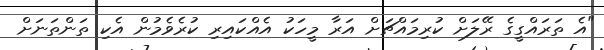
"އެ ތަރައްގީގެ ރޭލަށް ކުރިމައްޗަށް އަރާ މީހަކު އެއްކައިރި ކުރެވެމުން އެކި ތަންތަނަށް